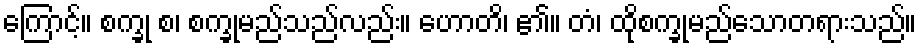
ကြောင့်။ စက္ခု စ၊ စက္ခုမည်သည်လည်း။ ဟောတိ၊ ၏။ တံ၊ ထိုစက္ခုမည်သောတရားသည်။